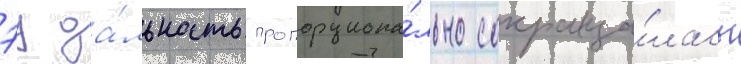
эу да́льность пропорциона́льно сокраща́лась